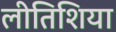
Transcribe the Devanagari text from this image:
लीतिशिया